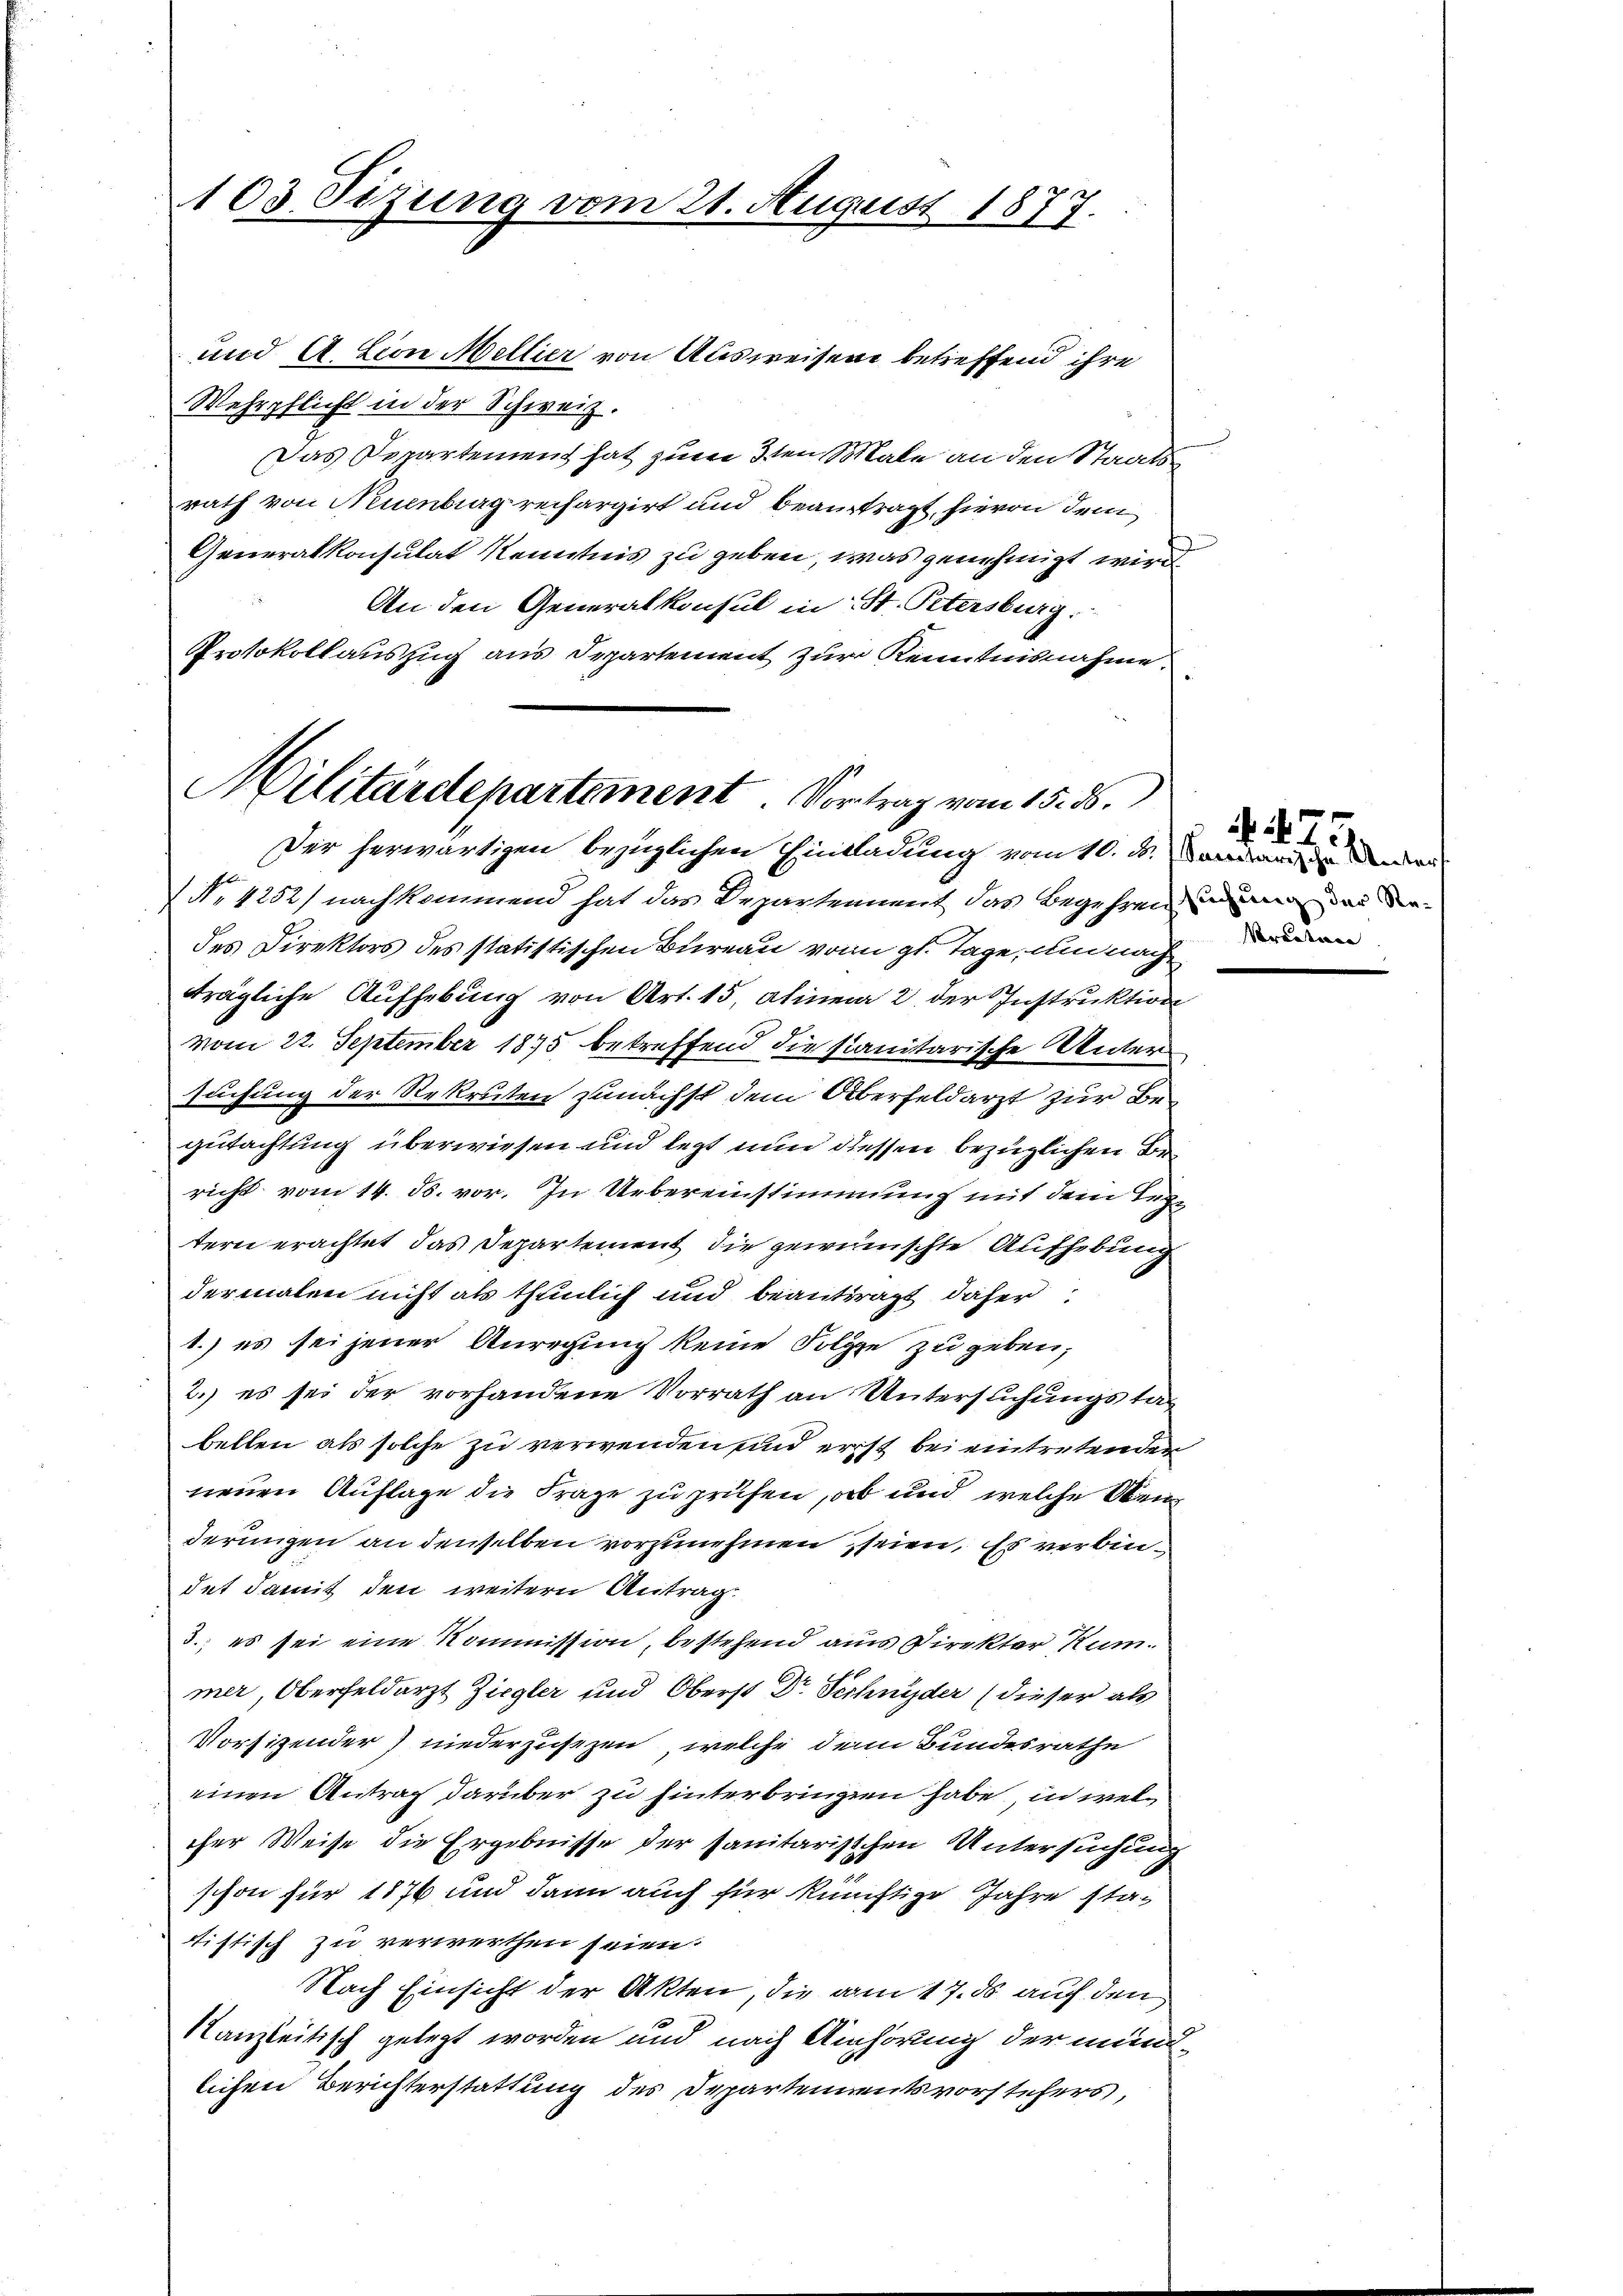
103. Sizung vom 21. August 1877.

und A Lion Mellier von Ausweisen betreffend ihre
Wehrpflicht in der Schweiz.
Das Departement hat zum 3ten Male an den Staatsrath von Neuenbrag reifargirt und beantragt, hievon dem
Generalkonsulat Kenntnis zu geben, was genehmigt wird
An den Generalkonsul in St. Petersburg,
Protokollauszug aus Departement zur Kenntnisnahme.
Militärdepartement. Vortrag vom 15. ds.

Der herwärtigen bezüglichen Einladung vom 10. ds. Vorar die
No. 4252) nachkommend hat das Departennent das Begehren immer das diedes Direktors des statistischen Bureau von gl. Tage, um nach
trägliche Aufhebung von Art. 15, Alinea 2. der Instruktion
vom 22. September 1875 betreffend die sanitarische Untersuchung der Rekruten zunächst dem Überfeldarzt zur Begutachtung überwiesen und lezt nun diessen bezüglichen Bericht vom 14. ds. vor. In Uebereinstimmung mit dem Rege
tern erachtet das Departement die gewünschte Aufhebung
dermalen nicht als thunlich und beantragt daher
1.) es sei jener Anregung keine Folge zu geben,
2.) es sei der vorhandene Vorrath an Untersuchungstag
bellen als solche zu verwenden sind erst bei eintretenden
neuen Auflage die Frage zu prüfen, ob und welche Sten
derungen an denselben vorzunehmen seien. Es verbindet damit den weitern Antrag.
3., es sei eine Kommission, bestehend aus Direkter Kum.
mer, Oberfeldarzt Ziegler und Oberst Dr. Schnyder (dieser als
Vorsitzender niederzusetzen, welche dem Bundesrathe
einen Antrag darüber zu hinterbringen habe, in welcher Weise die Ergebnisse der sanitarischen Untersuchung
schon für 1876 und dann auch für künftige Jahre stattistisch zu verwerthen seien.
Nach Einsicht der Akten, die am 17. ds auf den
Kanzleitisch gelegt worden und nach Anhörung der mündlichen Berichterstattung des Departennentsvorstehers,

A 75
redenen |